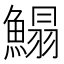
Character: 鰨